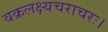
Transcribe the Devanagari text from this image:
वक्रलक्ष्यचराचरः।